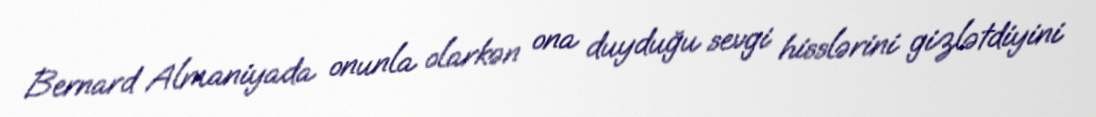
Bernard Almaniyada onunla olarkən ona duyduğu sevgi hisslərini gizlətdiyini